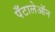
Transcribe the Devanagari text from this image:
पँटालेऑन